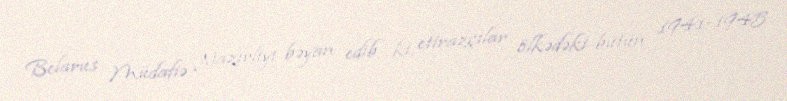
Belarus Müdafiə Nazirliyi bəyan edib ki, etirazçılar ölkədəki bütün 1941-1945